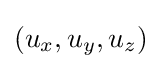
(u_{x},u_{y},u_{z})